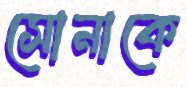
সোনাকে